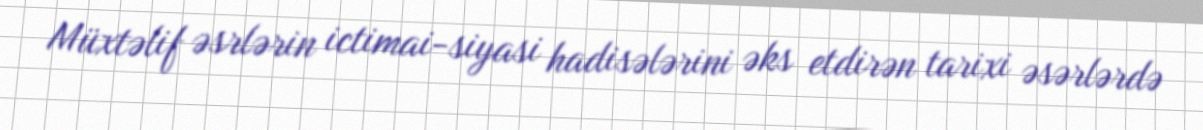
Müxtəlif əsrlərin ictimai-siyasi hadisələrini əks etdirən tarixi əsərlərdə